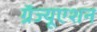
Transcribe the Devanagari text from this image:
ग्रॅज्यूएशन